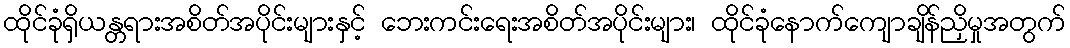
ထိုင်ခုံရှိယန္တရားအစိတ်အပိုင်းများနှင့် ဘေးကင်းရေးအစိတ်အပိုင်းများ၊ ထိုင်ခုံနောက်ကျောချိန်ညှိမှုအတွက်